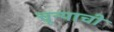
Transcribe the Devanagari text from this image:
चून्याची